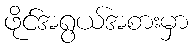
ဖိုင်အရွယ်အစားမှာ